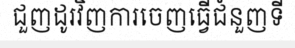
ជួញដូរវិញការចេញធ្វើជំនួញទី